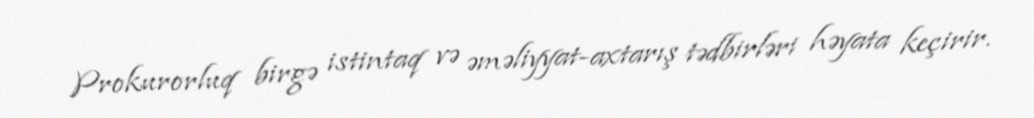
Prokurorluq birgə istintaq və əməliyyat-axtarış tədbirləri həyata keçirir.